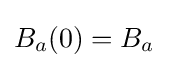
B_{a}(0)=B_{a}